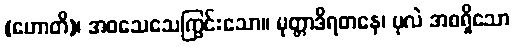
(ဟောတိ)၊ အဝသေသေကြွင်းသော။ မုတ္တာဒိရတနေ၊ ပုလဲ အစရှိသော